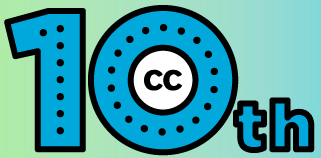
10th